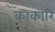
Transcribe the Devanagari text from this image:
काकारि